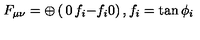
F _ { \mu \nu } = \oplus \left( \begin{matrix} { 0 } & { f _ { i } } \\ { - f _ { i } } & { 0 } \\ \end{matrix} \right) , f _ { i } = \tan { \phi _ { i } }